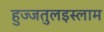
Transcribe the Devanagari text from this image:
हुज्जतुलइस्लाम